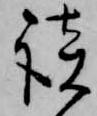
談